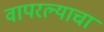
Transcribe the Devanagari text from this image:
वापरल्याचा